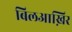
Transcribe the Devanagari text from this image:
बिलआख़िर